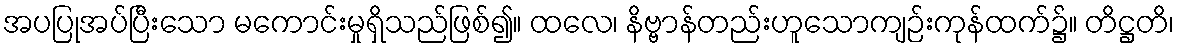
အပပြုအပ်ပြီးသော မကောင်းမှုရှိသည်ဖြစ်၍။ ထလေ၊ နိဗ္ဗာန်တည်းဟူသောကျဉ်းကုန်ထက်၌။ တိဋ္ဌတိ၊